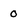
Character: 0